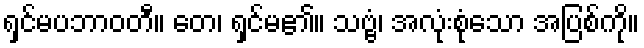
ရှင်မပဘာဝတီ။ တေ၊ ရှင်မ၏။ သဗ္ဗံ၊ အလုံးစုံသော အပြစ်ကို။